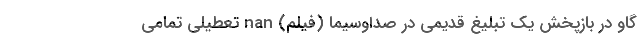
گاو در بازپخش یک تبلیغ قدیمی در صداوسیما (فیلم) nan تعطیلی تمامی